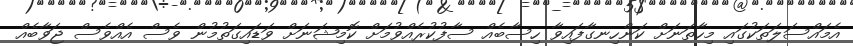
އެމައްސަލަތަކުގައި މިހާތަނަށް ކަންހިނގާފައިވާ ހިސާބެއް ސާފުކުރެއްވުމަށް ކޮމިޝަނަށް ވަޑައިގަތުމުން ވެސް އެއްވެސް ޖަވާބެއް